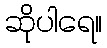
ဆိုပါရေ။